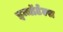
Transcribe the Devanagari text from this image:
इम्मॉर्टल्स